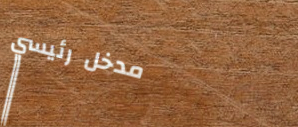
مدخل رئيسي